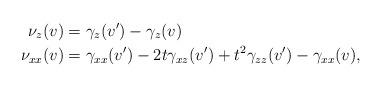
LaTeX: \begin{align*} \nu_z(v) & = \gamma_z(v') - \gamma_z(v) \\ \nu_{xx}(v) &= \gamma_{xx}(v') - 2 t \gamma_{xz}(v') + t^2 \gamma_{zz}(v') - \gamma_{xx}(v), \end{align*}